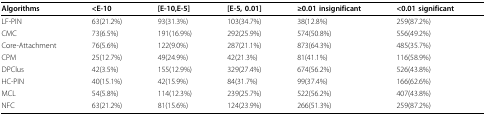
<table><thead><tr><td><b>Algorithms</b></td><td><b>&lt;E-10</b></td><td><b>[E-10,E-5]</b></td><td><b>[E-5, 0.01]</b></td><td><b>≥0.01 insignificant</b></td><td><b>&lt;0.01 significant</b></td></tr></thead><tbody><tr><td>LF-PIN</td><td>63(21.2%)</td><td>93(31.3%)</td><td>103(34.7%)</td><td>38(12.8%)</td><td>259(87.2%)</td></tr><tr><td>CMC</td><td>73(6.5%)</td><td>191(16.9%)</td><td>292(25.9%)</td><td>574(50.8%)</td><td>556(49.2%)</td></tr><tr><td>Core-Attachment</td><td>76(5.6%)</td><td>122(9.0%)</td><td>287(21.1%)</td><td>873(64.3%)</td><td>485(35.7%)</td></tr><tr><td>CPM</td><td>25(12.7%)</td><td>49(24.9%)</td><td>42(21.3%)</td><td>81(41.1%)</td><td>116(58.9%)</td></tr><tr><td>DPClus</td><td>42(3.5%)</td><td>155(12.9%)</td><td>329(27.4%)</td><td>674(56.2%)</td><td>526(43.8%)</td></tr><tr><td>HC-PIN</td><td>40(15.1%)</td><td>42(15.9%)</td><td>84(31.7%)</td><td>99(37.4%)</td><td>166(62.6%)</td></tr><tr><td>MCL</td><td>54(5.8%)</td><td>114(12.3%)</td><td>239(25.7%)</td><td>522(56.2%)</td><td>407(43.8%)</td></tr><tr><td>NFC</td><td>63(21.2%)</td><td>81(15.6%)</td><td>124(23.9%)</td><td>266(51.3%)</td><td>259(87.2%)</td></tr></tbody></table>